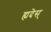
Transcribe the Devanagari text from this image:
ह्यदेस्